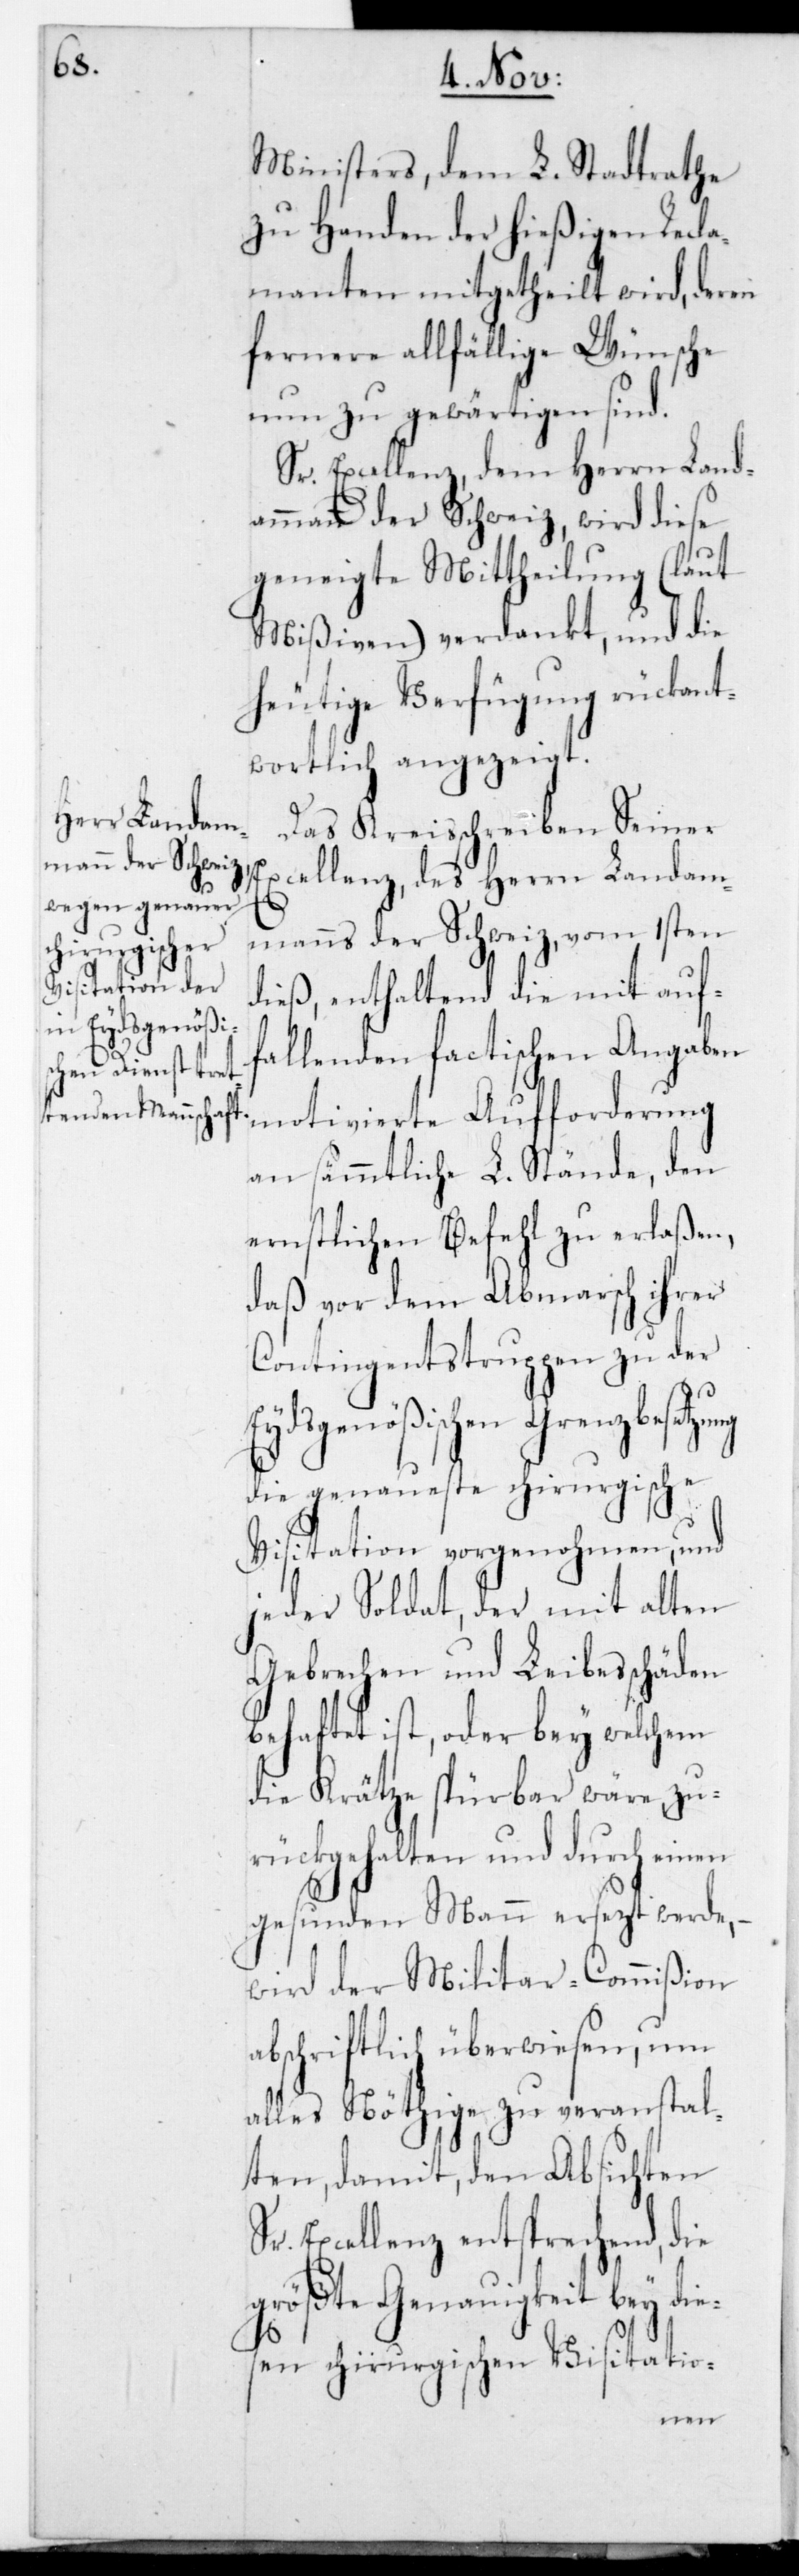
Ministers, dem L. Stadtrathe
zu Handen der hießigen Recla¬
manten mitgetheilt wird, deren
fernere allfählige Wünsche
nun zu gewärtigen sind.
Sr. Excellenz dem Herrn Land¬
ammann der Schweiz wird diese
geneigte Mittheilung (laut
Mißiven) verdankt, und die
heutige Verfügung rückant¬
wortlich angezeigt.
Das Kreisschreiben Seiner
Excellenz, des Herrn Landam¬
manns der Schweiz, vom 1sten
dieß, enthaltend die mit auf¬
fallenden factischen Angaben
motivierte Aufforderung
an sämmtliche L. Stände, den
ernstlichen Befehl zu erlaßen,
daß vor dem Abmarsch ihrer
Contingentstruppen zu der
Eydsgenößischen Grenzbesetzung
die genaueste chirurgische
Visitation vorgenohmen, und
jeder Soldat, der mit alten
Gebrechen und Leibesschäden
behaftet ist, oder bey welchem
die Krätze spürbar wäre, zu¬
rückgehalten und durch einen
gesunden Mann ersetzt werde, –
wird der Militar-Commißion
abschriftlich überwiesen, um
alles Nöthige zu veranstal¬
ten, damit, den Absichten
Excellenz entsprechend, die
größte Genauigkeit bey di¬
esen chirurgischen Visitatio-